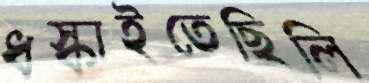
ধস্‌কাইতেছিলি